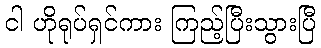
ငါ ဟိုရုပ်ရှင်ကား ကြည့်ပြီးသွားပြီ